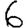
Digit: 6